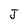
Character: J